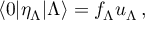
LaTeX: \langle 0 | \eta _ { \Lambda } | \Lambda \rangle = f _ { \Lambda } u _ { \Lambda } \, ,